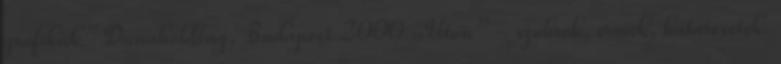
grafikák” Dunaholding, Budapest 2000 „Úton” - szobrok, érmek, határesetek.